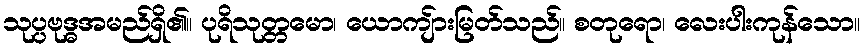
သုပ္ပဗုဒ္ဓအမည်ရှိ၏။ ပုရိသုတ္တမော၊ ယောကျ်ားမြတ်သည်။ စတုရော၊ လေးပါးကုန်သော။